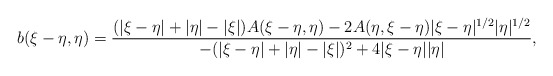
\begin{align*}b(\xi-\eta,\eta) = \frac{ (|\xi-\eta| + |\eta| - |\xi|) A(\xi-\eta,\eta) - 2 A(\eta,\xi-\eta)|\xi-\eta|^{1/2}|\eta|^{1/2} }{- (|\xi-\eta| + |\eta| - |\xi|)^{2} + 4 |\xi-\eta||\eta|},\end{align*}